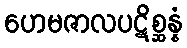
ဟေမဇာလပဋိစ္ဆန္နံ